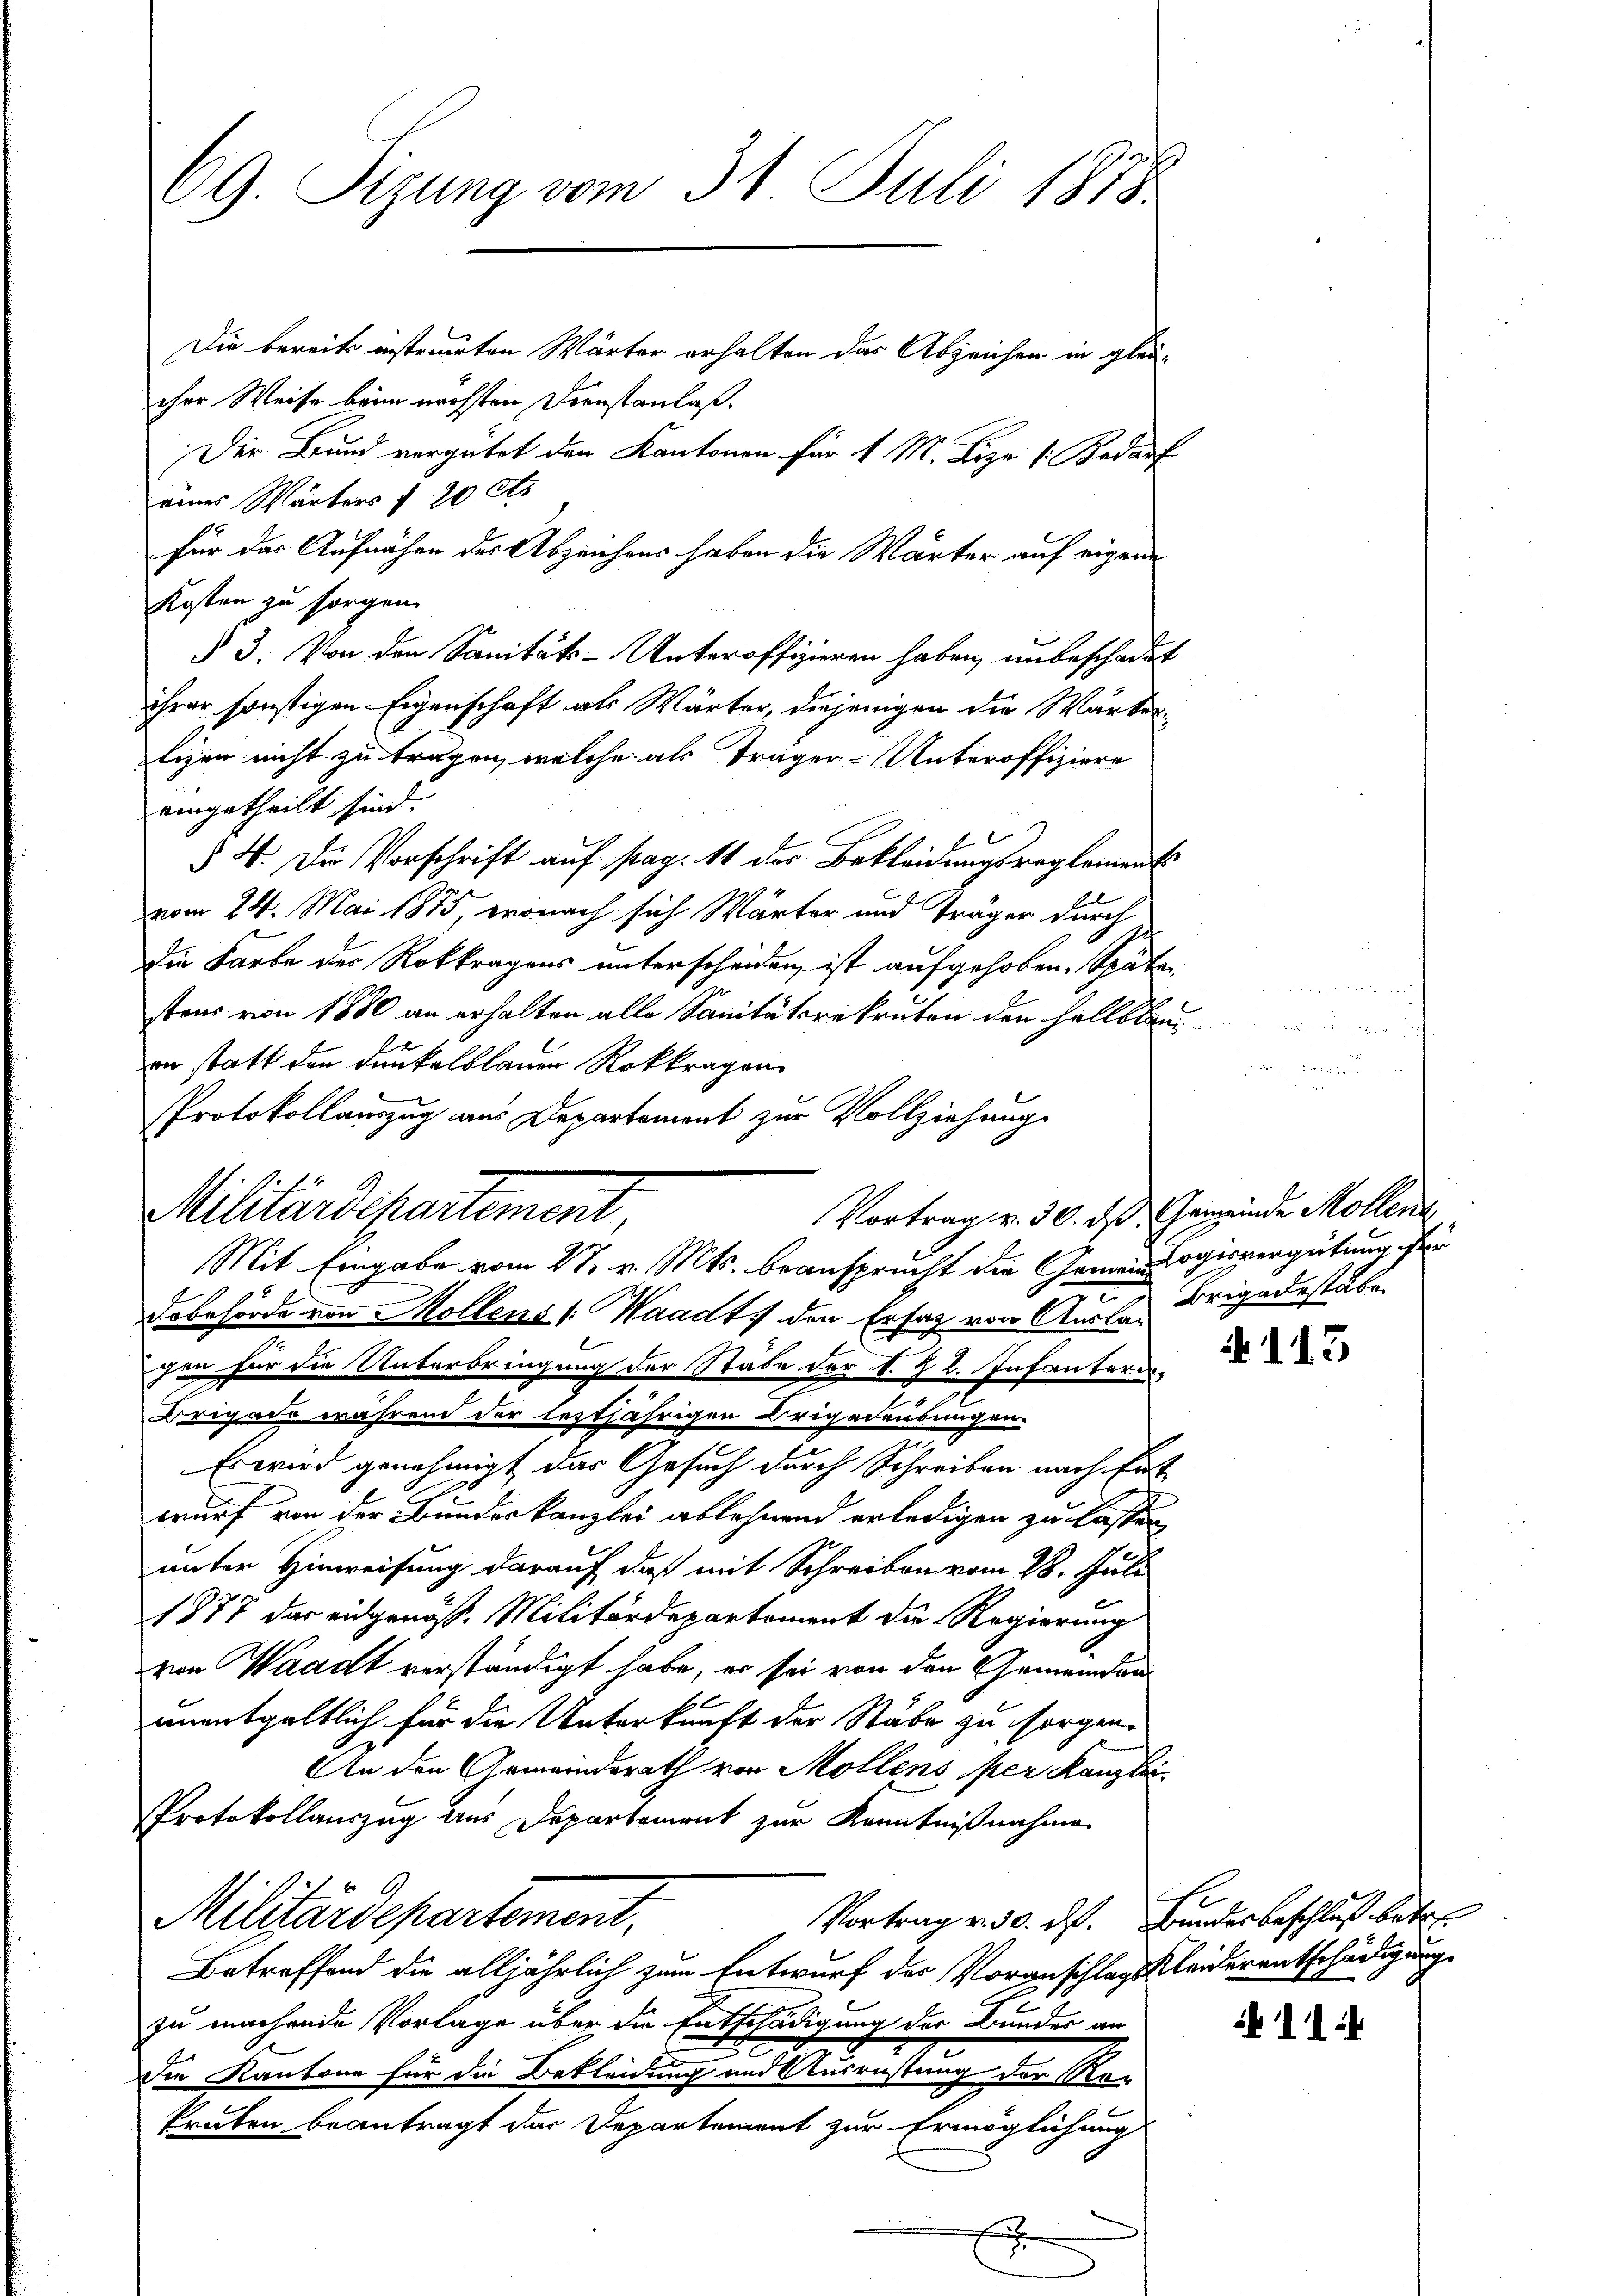
69. Sizung vom 31. Juli 1878.

Die bereits instruirten Wärter erhalten das Abzeichen in glaucher Weise beim nächsten Dienstanlaß.
Der Bund vergütet den Kantonen für 1 M. Lize (Bedarf
eines Wärters f 20 cts
für das Aufnähe der Abzeichens haben die Wärter auf eigene
Kosten zu sorgen.
§ 3. Von den Sanitäts-Unteroffizieren haben, unbeschadet
ihrer sonstigen Eigenschaft als Wärter, diejenigen die Wärter¬
Eigen nicht zu tragen, welche als Träger-Unteroffiziere
eingetheilt sind.
§ 4. Die Vorschrift auf pag. 11 der Bekleidungsreglements
vom 24. Mai 1875, wonach sich Wärter und Träger durch
Die Farbe des Rokkragens unterscheiden ist aufgehoben. Späte
stens von 1880 an erhalten alle Sanitätsrekruten den hellblau
zin statt den dunkelblauen Rokkragen
Protokollauszug aus Departement zur Vollziehung
Mit Eingabe vom 27. v. Mts. beansprucht die Gemeindagievergütung für
Dobehörde von Mollens (Waadt, den Ersatz von Ausla-Brigadestabe
gen für die Unterbringung der Stade der S. Zl. Infanterin
Brigade währen der leztjährigen Brigadensungen.
Es wird genehmigt das Gesuch durch Schreiben nach Ent
wurf von der Bundeskanzlei ablehnend erledigen zu lasten
unter Hinweisung darauf, daß mit Schreiben vom 28. Juli
1877 das eidgenöss. Militärdepartement die Regierung
von Waadt verständigt habe, er sei von den Gemeindamunentgeltlich für die Unterkunft der Stäbe zu sorgen.
An den Gemeindsrath von Möllens per Kanzlei
Protokollauszug aus Departement zur Kenntnißnahme
Militärdepartement,
Vortrag v. 30. ds. Bundesbeschluß betr.
Betreffend die alljährlich zum Entwurf der Voranschlags Kleiderentschädigung
zu machende Vorlage über die Entschädigung der Bundes an
Die Kantone für die Bekleidung und Ausrüstung der Ro-
kruten beantragt das Departement zur Ermöglichung

Militärdepartement,

Vortrag v. 30. das Gemeinde Möllen

N 113

11: